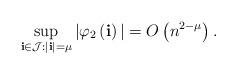
LaTeX: \begin{align*}\sup_{\mathbf i \in \mathcal J: |\mathbf i|=\mu} |\varphi_2\left(\mathbf{i}\right)| &= O\left( n^{2-\mu}\right).\end{align*}